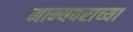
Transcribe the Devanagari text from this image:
मान्यवराच्या